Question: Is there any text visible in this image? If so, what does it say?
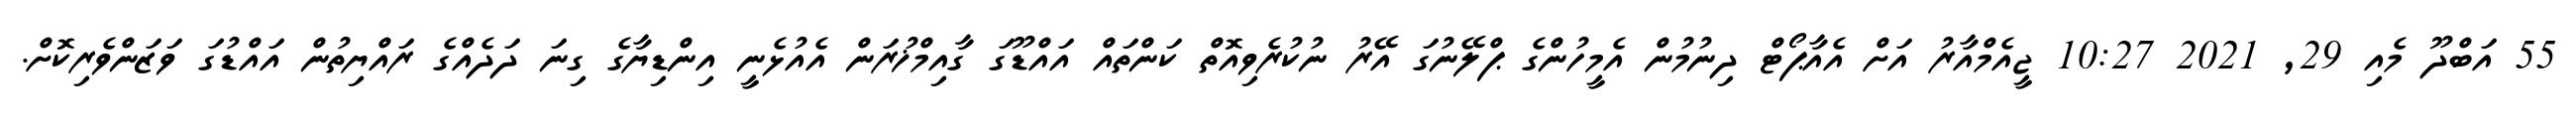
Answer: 55 އަބްދޫ މެއި 29, 2021 10:27 ޖީއެމްއާރު އަށް އެއާޕޯޓް ދިނުމުން އެމީހުންގެ ޕްލޭނުގަ އޭރު ނުކުރެވިއޮތް ކަންތައް އައްޑޫގަ ގާއިމްޚުރަން އެއުޅެނީ އިންޑިޔާގެ ގިނަ ދަދެއްގެ ރައްޔިތުން އައްޑުގަ ވަޒަންވެރިކޮށް.